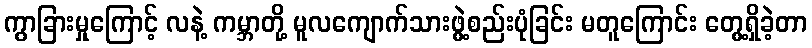
ကွာခြားမှုကြောင့် လနဲ့ ကမ္ဘာတို့ မူလကျောက်သားဖွဲ့စည်းပုံခြင်း မတူကြောင်း တွေ့ရှိခဲ့တာ